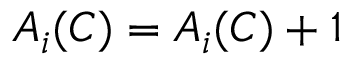
A _ { i } ( C ) = A _ { i } ( C ) + 1